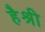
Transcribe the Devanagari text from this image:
हैश्री